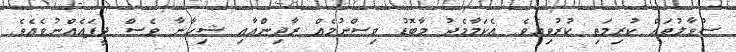
ސުވާލުތައް ކުރިމަތި ކުރުވިއެވެ. އެކަމާމެދު މާބޮޑު ވިސްނުމެއް ރާދިންއާއި ޝިހާނާ ވެސް ދީފައެއްނުވެއެވެ.